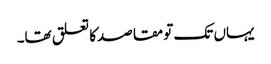
یہاں تک تو مقاصدکا تعلق تھا۔